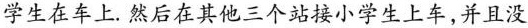
学生在车上。然后在其他三个站接小学生上车，并且没